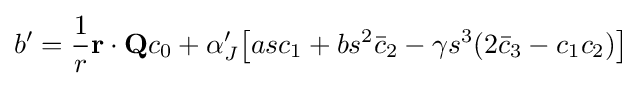
b'={\frac {1}{r}}\mathbf {r} \cdot \mathbf {Q} c_{0}+\alpha _{J}'{\big [}asc_{1}+bs^{2}{\bar {c}}_{2}-\gamma s^{3}(2{\bar {c}}_{3}-c_{1}c_{2}){\big ]}